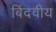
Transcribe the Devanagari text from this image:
बिंदवीय